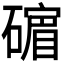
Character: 𪿷